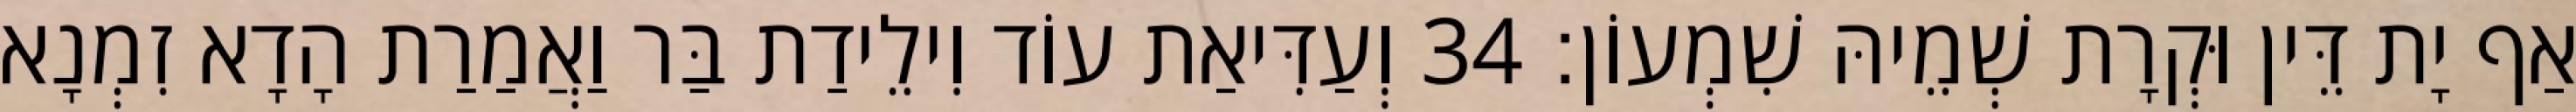
אַף יָת דֵּין וּקְרָת שְׁמֵיהּ שִׁמְעוֹן׃ 34 וְעַדִּיאַת עוֹד וִילֵידַת בַּר וַאֲמַרַת הָדָא זִמְנָא